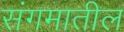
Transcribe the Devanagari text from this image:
संगमातील